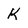
Character: K